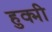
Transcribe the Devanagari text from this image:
हुक्मी